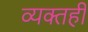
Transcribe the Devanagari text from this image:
व्‍यक्‍तही